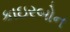
કાઇરબોન